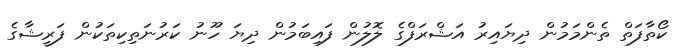
ކޯތާފަތް ތެންމަމުން ދިޔައިރު އަޝްރަފްގެ ލޮލުން ފައިބަމުން ދިޔަ ހޫނު ކަރުނަތިކިތަކުން ފަރީޝާގެ